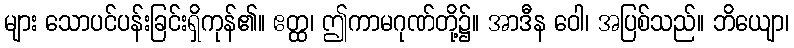
များ သောပင်ပန်းခြင်းရှိကုန်၏။ ဧတ္ထ၊ ဤကာမဂုဏ်တို့၌။ အာဒီန ဝေါ၊ အပြစ်သည်။ ဘိယျော၊